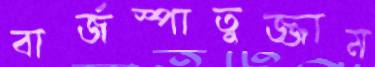
বার্জস্পাতুজ্জাম